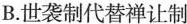
B.世袭制代替禅让制